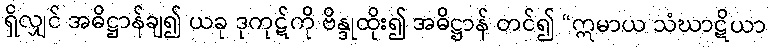
ရှိလျှင် အဓိဋ္ဌာန်ချ၍ ယခု ဒုကုဋ်ကို ဗိန္ဒုထိုး၍ အဓိဋ္ဌာန် တင်၍ “ဣမာယ သံဃာဋိယာ